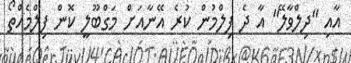
އާއި "ދިލްވާލޭ" އާ ދެ ފިލްމުން ކުރެ އޭނާއަށް މަގްބޫލީ ކޮން ފިލްމެއްތޯ